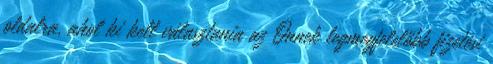
oldalra, ahol ki kell választania az Önnek legmegfelelőbb fizetési